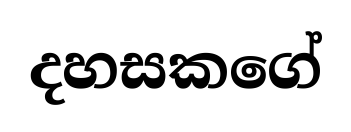
දහසකගේ